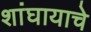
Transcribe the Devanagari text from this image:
शांघायाचे